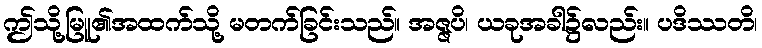
ဤသို့မြူ၏အထက်သို့ မတက်ခြင်းသည်။ အဇ္ဇပိ၊ ယခုအခါ၌လည်း။ ပဒိဿတိ၊